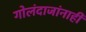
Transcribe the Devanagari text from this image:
गोलंदाजांनाही